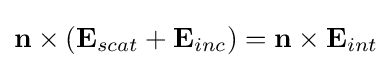
\mathbf {n} \times (\mathbf {E} _{scat}+\mathbf {E} _{inc})=\mathbf {n} \times \mathbf {E} _{int}